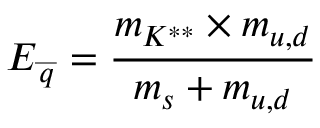
E _ { \stackrel { \_ } { q } } = \frac { m _ { K ^ { * * } } \times m _ { u , d } } { m _ { s } + m _ { u , d } }